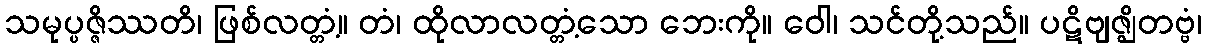
သမုပ္ပဇ္ဇိဿတိ၊ ဖြစ်လတ္တံ့။ တံ၊ ထိုလာလတ္တံ့သော ဘေးကို။ ဝေါ၊ သင်တို့သည်။ ပဋိဗျဇ္ဈိတဗ္ဗံ၊